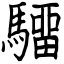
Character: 驑